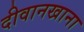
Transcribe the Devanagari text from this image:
दीवानखाना